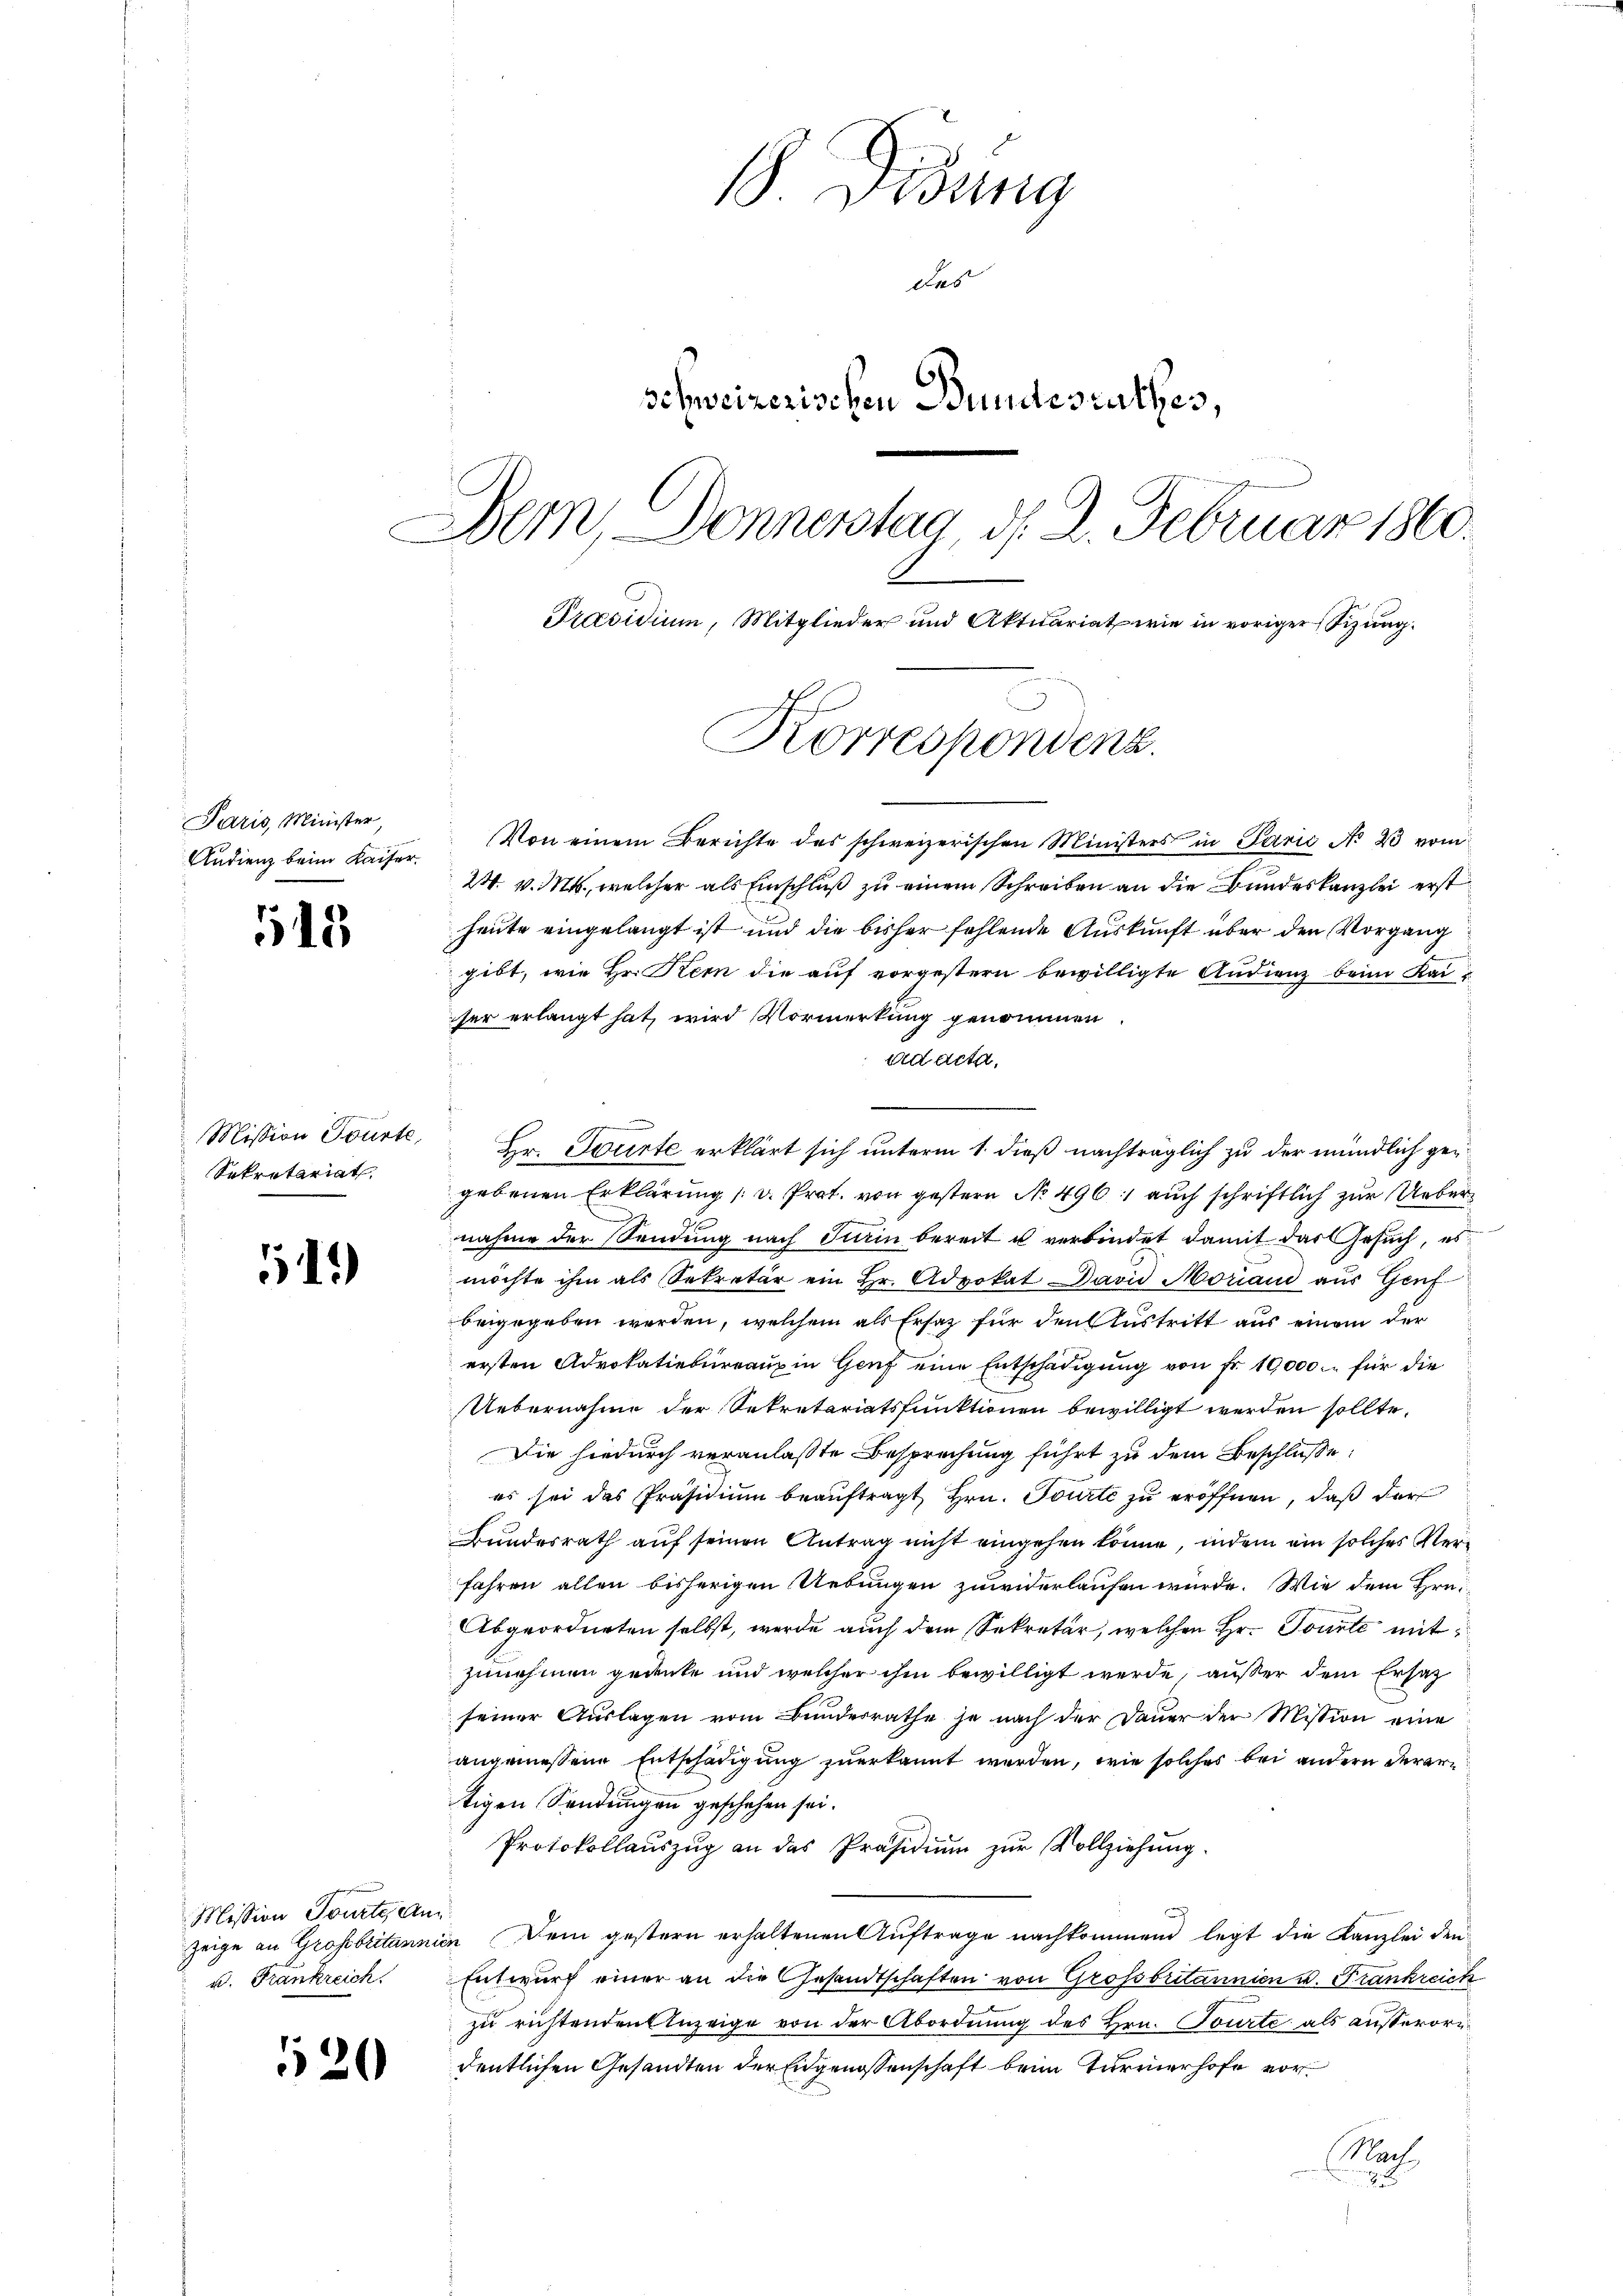
Paris, Minister,

15

Sekretariat

111)

Mission Tourte Ann
u. Frankreich.

120

Didung
Das
Schweizerischen Bundesrathes,
Bern, Donnerstag d. 2. Februar 1860.
Präsidium, Mitglieder und Aktuariat wie in voriger Sizung.

Korrespondenz.

Audienz beim Kaiser. Von einem Berichte des schweizerischen Ministers in Paris No 23 vom
24. v. Mts., welcher als Einschluß zu einem Schreiben an die Bundeskanzlei erst
heute eingelangt ist und die bisher fehlende Auskunft über den Vorgang
gibt, wie Hr. Kern die auf vorgestern bewilligte Audienz beim Kaiher erlangt hat, wird Vormerkung genommen.
ad acta.
Mission Tourte, Hr. Tourte erklärt sich unterm 1. dieß nachträglich zu der mündlich gen
gebenen Erklärung /: v. Prof. von gestern No 496. auch schriftlich zur Uebernahme der Sendung nach Turin bereit u verbindet damit das Gesuch, es
möchte ihm als Sekretär ein Hr. Advokat David Moriand aus Genf
beigegeben werden, welchem als Ersatz für den Austritt aus einem der
ersten Advokatiebureaux in Genf eine Entschädigung von Fr. 19,000. für die
Uebernahme der Sekretariatsfunktionen bewilligt werden sollte.
Die hiedurch veranlaßte Besprechung führt zu dem Beschlüße
es sei das Präsidium beauftragt Hrn. Tourte zu eröffnen, daß der
Bundesrath auf seinen Antrag nicht eingehen könne, indem ein solches Verfahren allen bisherigen Uebungen zuwiderlaufen würde. Wie dem Hrn.
Abgeordneten selbst, werde auch dem Sekretär, welchen Hr. Tourte mitzunehmen gedenke und welcher ihm bewilligt werde, außer dem Ersatz
seiner Auslagen vom Bundesrathe je nach der Dauer der Mission eine
angemessene Entschädigung zuerkannt werden, wie solches bei andern derartigen Sendungen geschehen sei.
Protokollaŭszŭg an das Präsidiŭm zŭr Vollziehung.
zeige an Grossbritannien Dein gestern erhaltenen Auftrage nachkommend legt die Kanzlei dem
Entwurf einer an die Gesandtschaften von Grossbritannien u. Frankreich
zu richtenden Anzeige von der Abordnung des Hrn. Tourte als ausserorndentlichen Gesandten der Eidgenossenschaft beim Turnerhofe vor¬
Mach
2